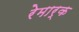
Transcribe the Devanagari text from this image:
रेमार्क